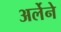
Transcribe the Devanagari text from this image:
अर्लेने